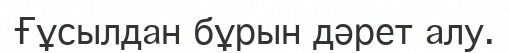
Ғұсылдан бұрын дәрет алу.